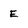
Character: E